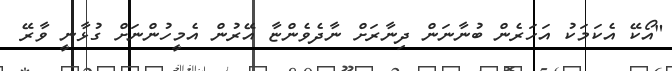
"އޯކޭ އެކަމަކު އަހަރެން ބުނާނަން ދިނާރަށް ނާދެވެންޏާ އޭރުން އެމީހުންނަށް ގުޅާނީ ވާރޭ